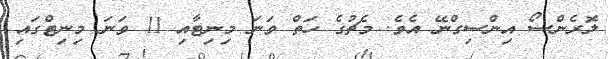
ލޮރެންސޯ އިންސިގްނޭ އެވެ. މެޗުގެ ހަތް ވަނަ މިނިޓާއި 11 ވަނަ މިނިޓްގައި